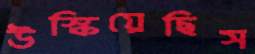
উস্‌কিয়েছিস